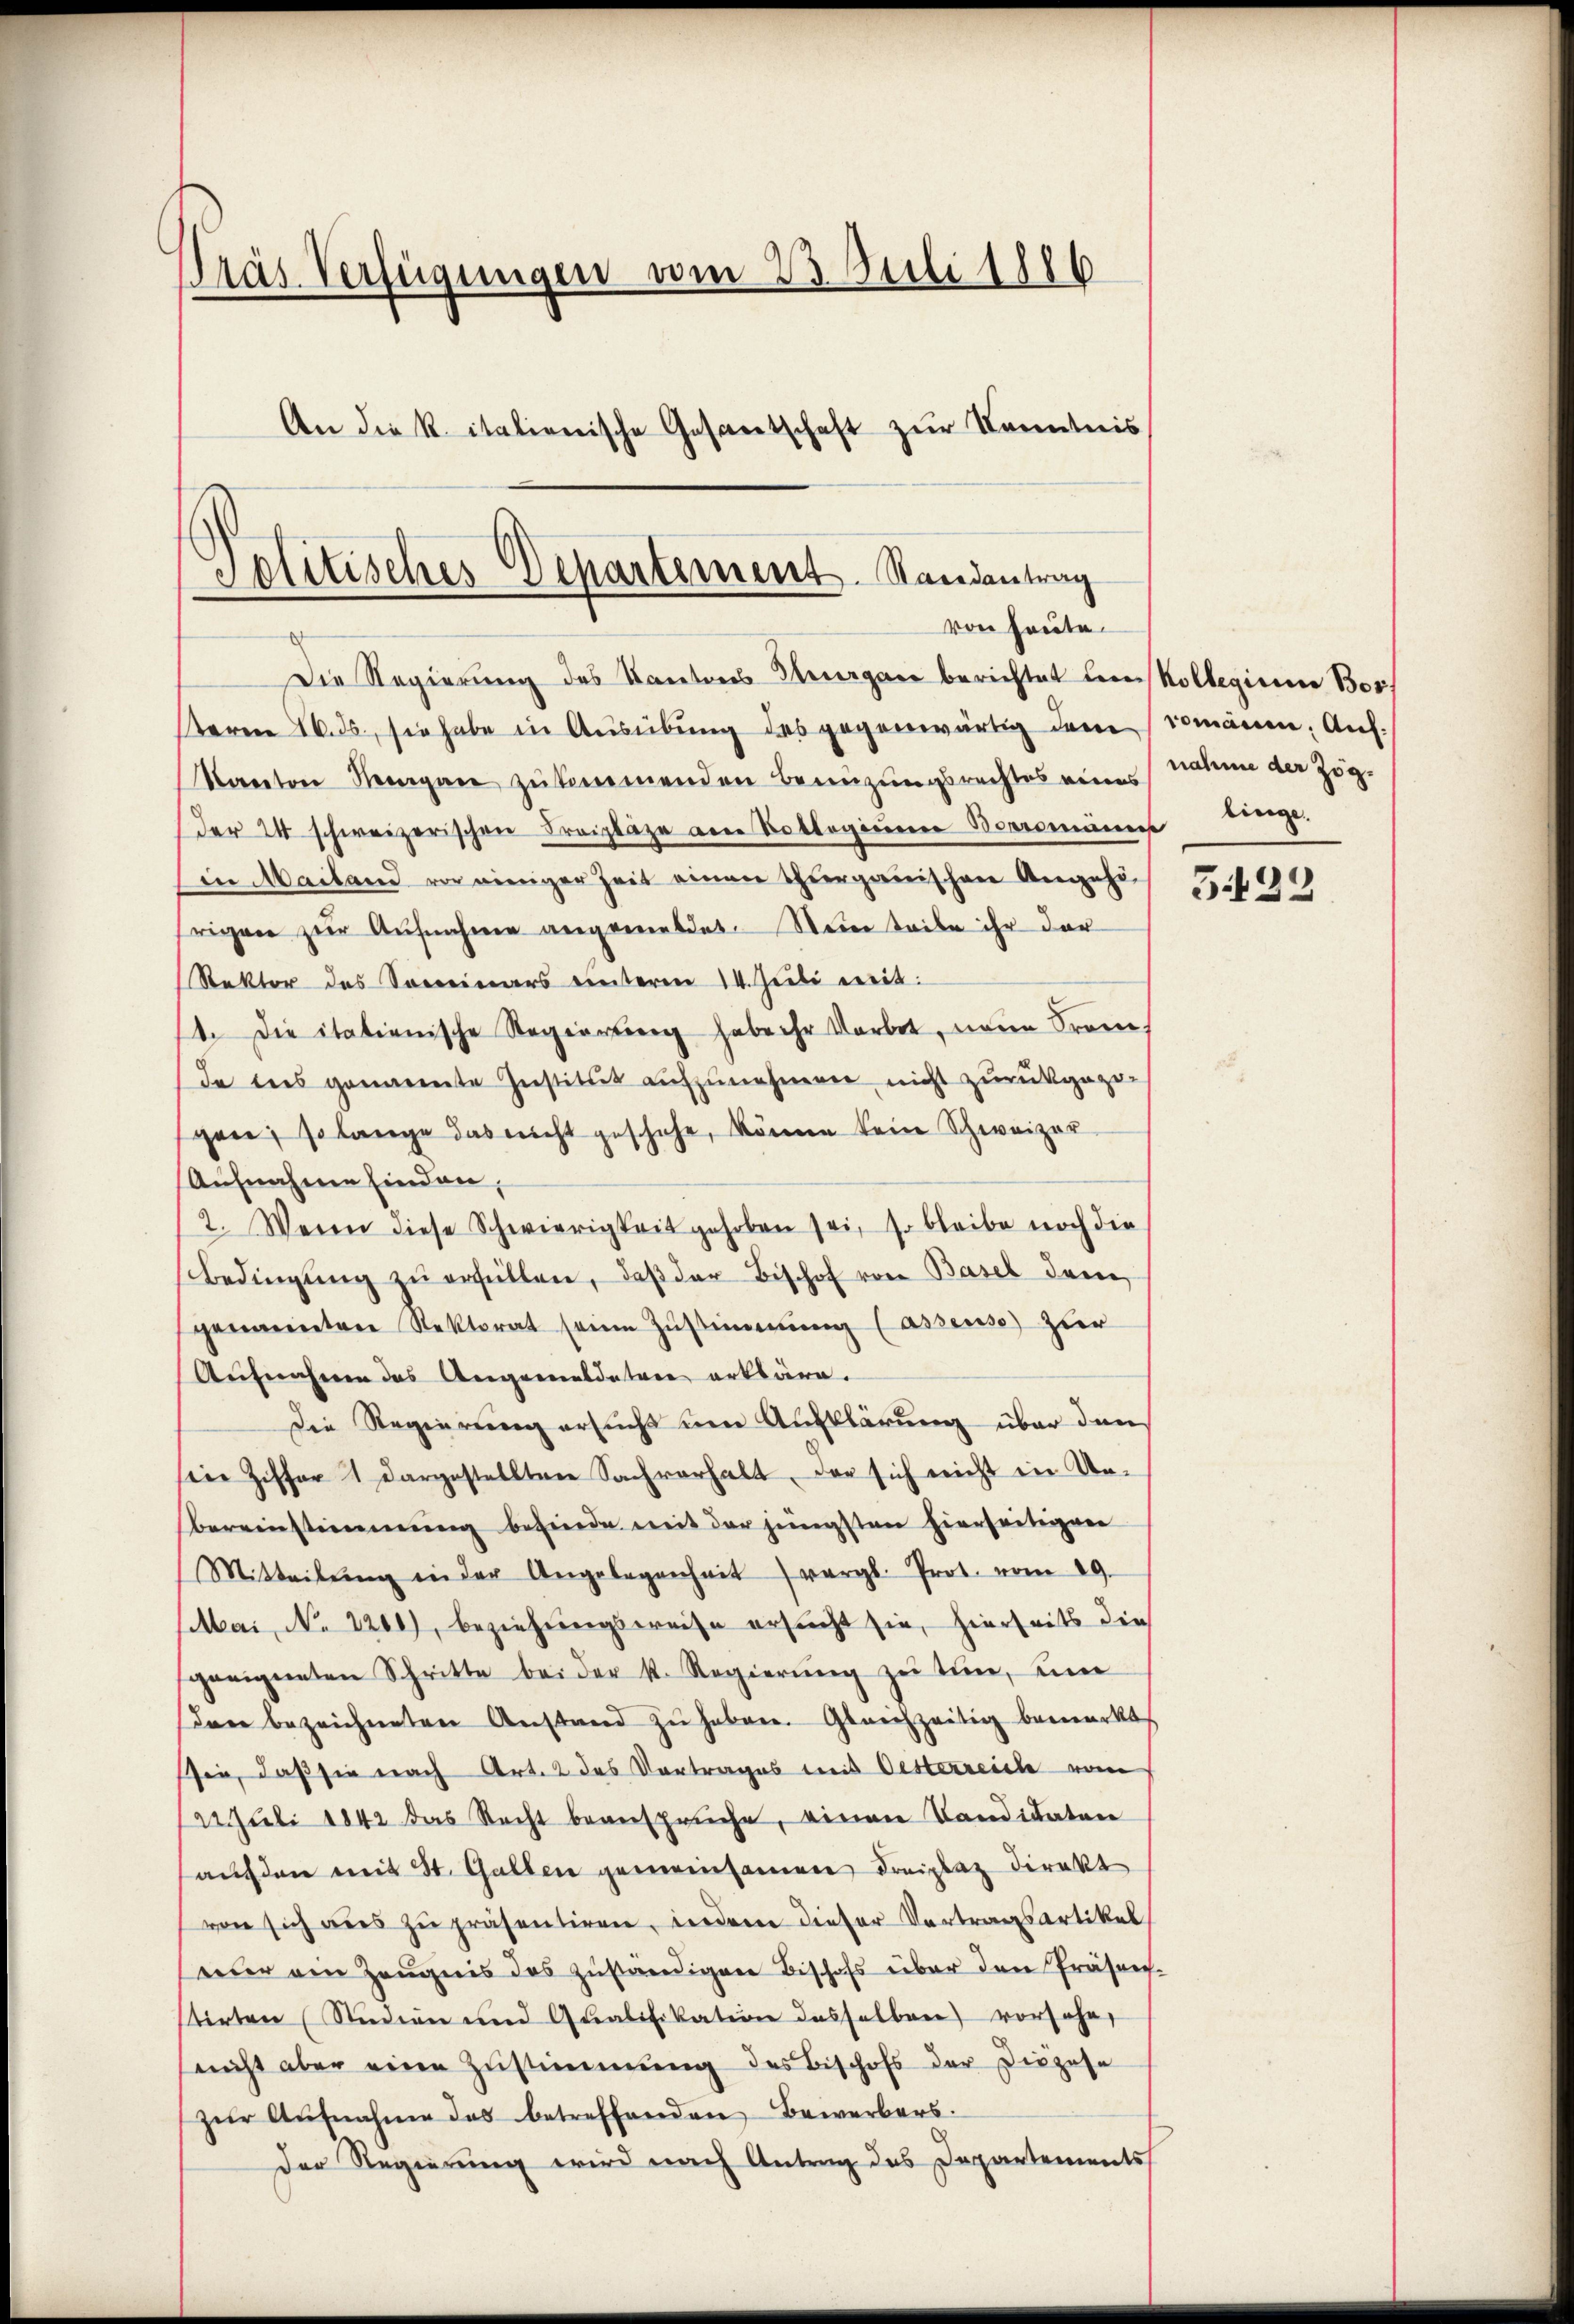
Pras Verfügungen vom 23. Juli 1886
An die k. italienische Gesantschaft zŭr Kenntnis

Solitisches Departement. Randantrag
von heute.

Die Regierung des Kantons Thurgan berichtet um Kollegium Bor
teren 16. ds., sie habe in Ausübung des gegenwärtig dan
Kanton Nergane zukommenden Benüzungsrechtes eines
der 24 schweizerischen Freilage von Bollegieren Boromann bringe
in Mailand vor einiger Zeit einen Thurgauischen Angehö-
rigen zŭr Aŭfnahme angemeldet. Sein teibe ihr der
Rektor des Soneinars unterm 14. Juli weit
1. Die italienische Regierung habe ihr Verbet, neue Fran
de ins genannte Institut aufzunehmen nicht zurückgegegen; so lange das nicht geschehe, könne kein Schweizer-
Aufnahme finden,
2. Wenn diese Schwierigkeit gehoben sei, so bleibe noch die
Bedingŭng zŭ erfüllen, daß der Bischof von Basel den
genannten Rektorat seine Zustimmung (assense zur
Aufnahmen das Angemeldetere erkläre.
Die Regierung ersucht um Aufklärung über den
ie Ziffer 1 dargestellten Sachverhalt, der sich nicht in Un-
bereinstimmung befinde mit der jüngsten hierseitigen
Mitteilŭng in der Angelegenheit) vergl. Prot. vom 29.
Mai, No 1260), beziehungsweise ersucht sie, hierseits die
geeigneten Schritte bei der k. Regierŭng zu tun, eine
den bezeichneten Anstand zŭ haben. Gleichzeitig bemerkt
sin, daß sie nach Art. 2 des Vortrages mit Oesterreich vom
122. Juli 1842 das Recht beansprüche, einen Candidaten
auf den mit St. Gallen gemeinsamen Freitag direkt
von sich aŭs zŭ präsentiren, indem dieser Vortragsartikel
eŭer am Zeŭgnis das zŭständigen Bischofs über den Präsen
stirten (Studien und Qualifikation desselben vorsehe,
nicht aber eine Zustimmung des Bischofs der Diezese
zŭr Aŭfnahme das betreffenden Bewerbers.
Der Regierung wird nach Antrag des Departements

romanen. Auf
nahme der Zög¬

5122